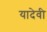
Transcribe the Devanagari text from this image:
यादेवी